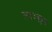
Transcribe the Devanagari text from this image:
लाञ्छन